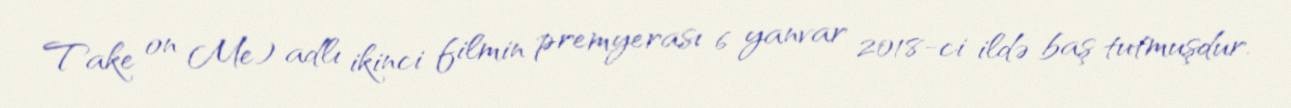
Take on Me) adlı ikinci filmin premyerası 6 yanvar 2018-ci ildə baş tutmuşdur.